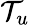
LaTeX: \mathcal{T}_{u}